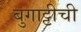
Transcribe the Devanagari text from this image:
बुगाट्टीची